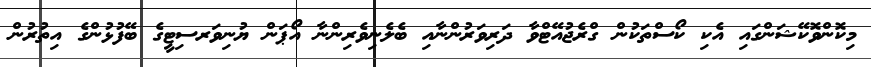
މިކޮންވޮކޭޝަންގައި އެކި ކޯސްތަކުން ގްރެޖުއޭޓްވާ ދަރިވަރުންނާއި ބެލެނިވެރިންނާ އޯޕަން ޔުނިވަރސިޓީގެ ބޭފުޅުންގެ އިތުރުން